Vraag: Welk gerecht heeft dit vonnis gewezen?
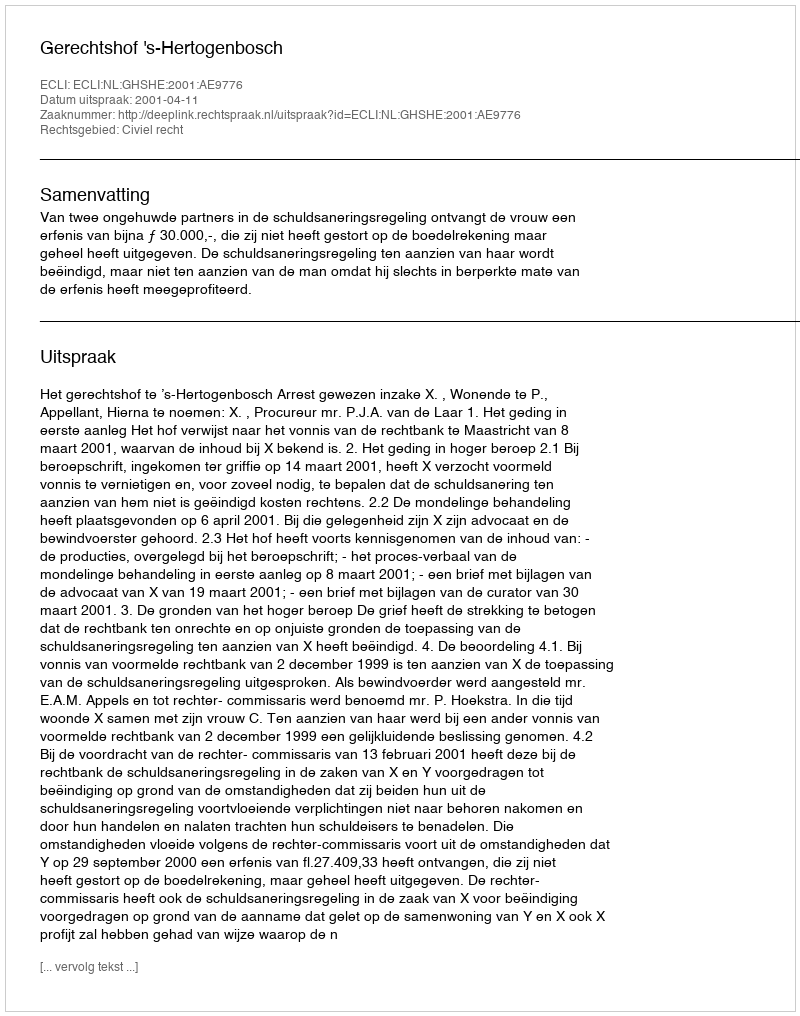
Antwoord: Gerechtshof 's-Hertogenbosch